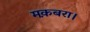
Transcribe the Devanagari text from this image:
मक़बरा।